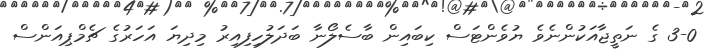
3-0 ގެ ނަތީޖާއަކުންނެވެ ޔުވެންޓަސް ކިބައިން ބާސެލޯނާ ބަދަލުހިފިއިރު މިދިޔަ އަހަރުގެ ޗެމްޕިއަންސް